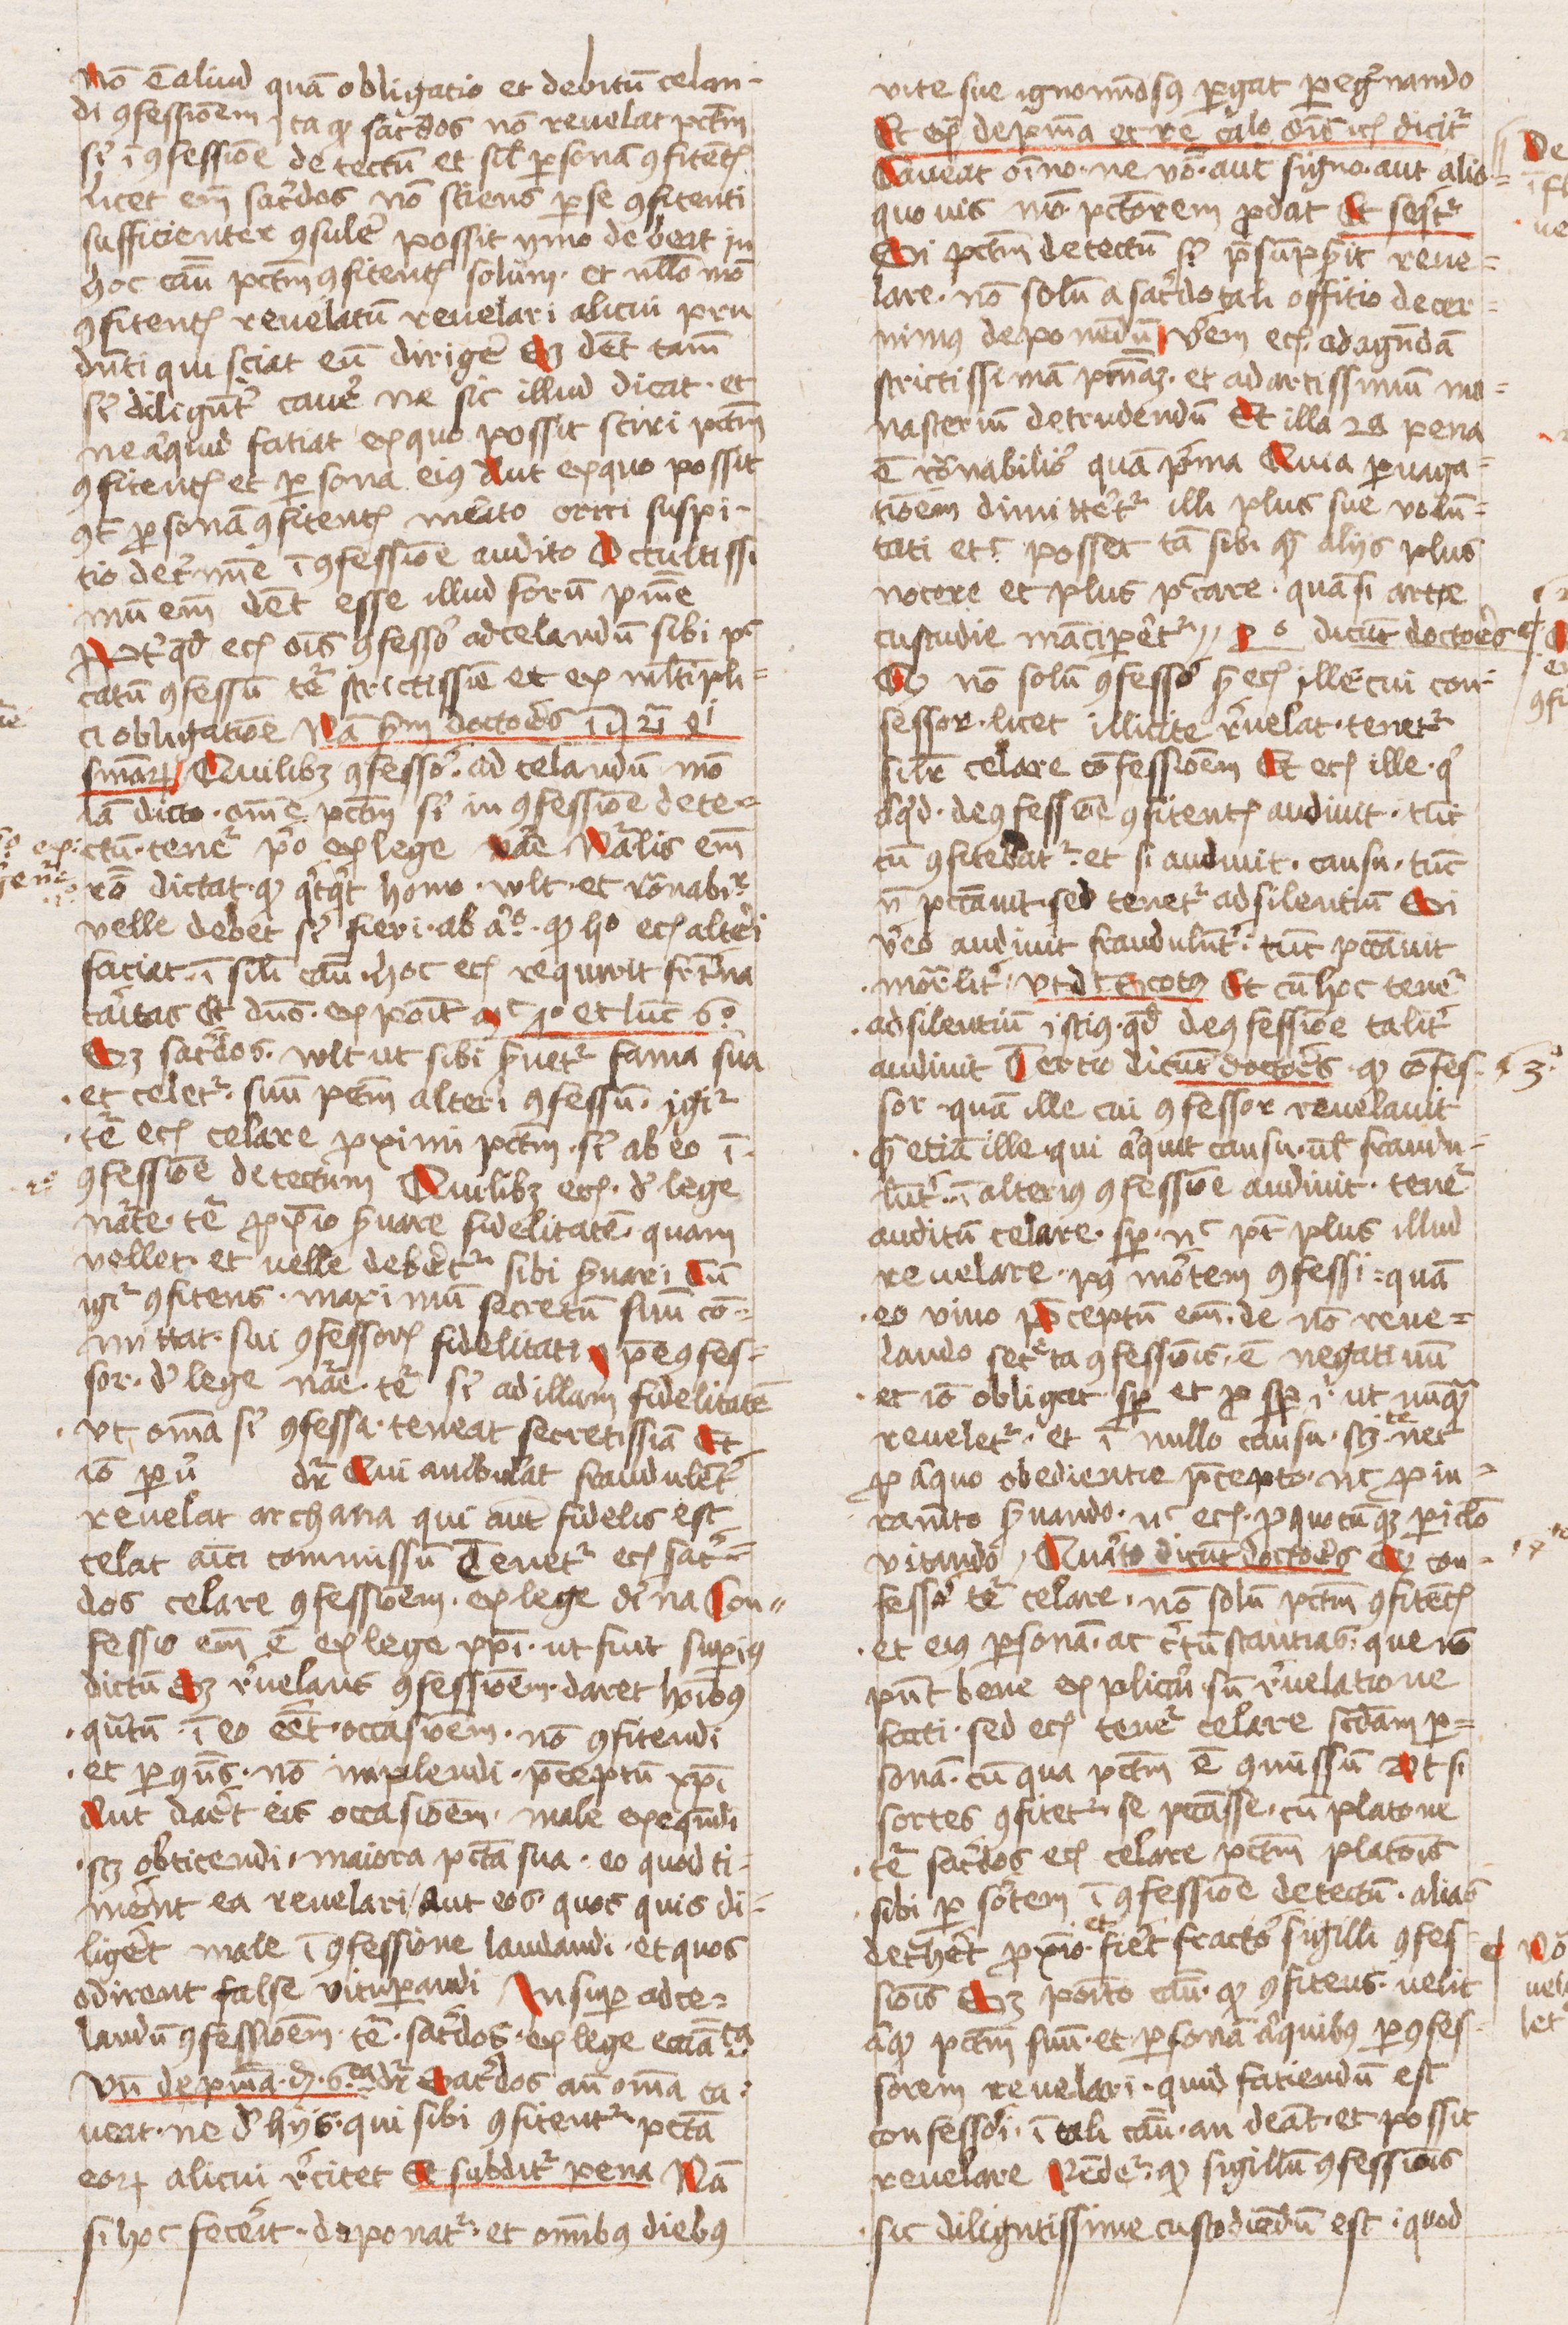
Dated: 1440–1470